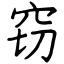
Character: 窃